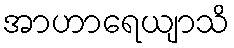
အာဟာရေယျာသိ